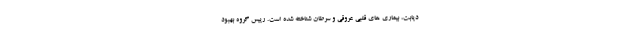
دیابت، بیماری های قلبی عروقی و سرطان شناخته شده است. رییس گروه بهبود